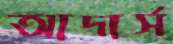
আদার্স